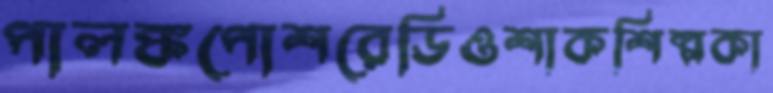
পালঙ্কপোশরেডিওশাকশিল্পকা